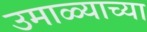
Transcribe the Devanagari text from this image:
उमाळ्याच्या